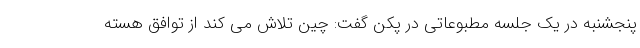
پنجشنبه در یک جلسه مطبوعاتی در پکن گفت: چین تلاش می کند از توافق هسته